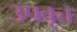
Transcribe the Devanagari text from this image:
उपवृत्त